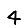
Digit: 4